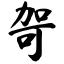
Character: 哿